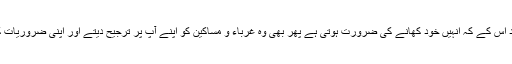
باوجود مال کی محبت یا طعام کی محبت کے یعنی باوجود اس کے کہ اُنہیں خود کھانے کی ضرورت ہوتی ہے پھر بھی وہ غرباء و مساکین کو اپنے آپ پر ترجیح دیتے اور اپنی ضروریات کو پسِ پُشت ڈال کر اُن کو کھانا کھلانا مقدّم سمجھتے ہیں۔